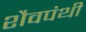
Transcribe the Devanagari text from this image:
शैवपंथी